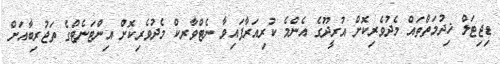
ޑިޖިޓަލް ޚިދުމަތްތައް މެދުވެރިކޮށް އުރީދޫގެ އެންމެ ކުރިއަރާފައިވާ ނެޓްވާރކް މެދުވެރިކޮށް އިންޓަނެޓްގެ ތަޖުރިބާއަށް